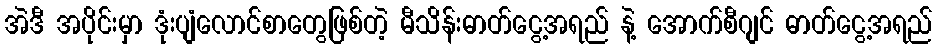
အဲဒီ အပိုင်းမှာ ဒုံးပျံလောင်စာတွေဖြစ်တဲ့ မီသိန်းဓာတ်ငွေ့အရည် နဲ့ အောက်စီဂျင် ဓာတ်ငွေ့အရည်